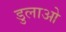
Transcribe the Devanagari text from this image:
डुलाओ